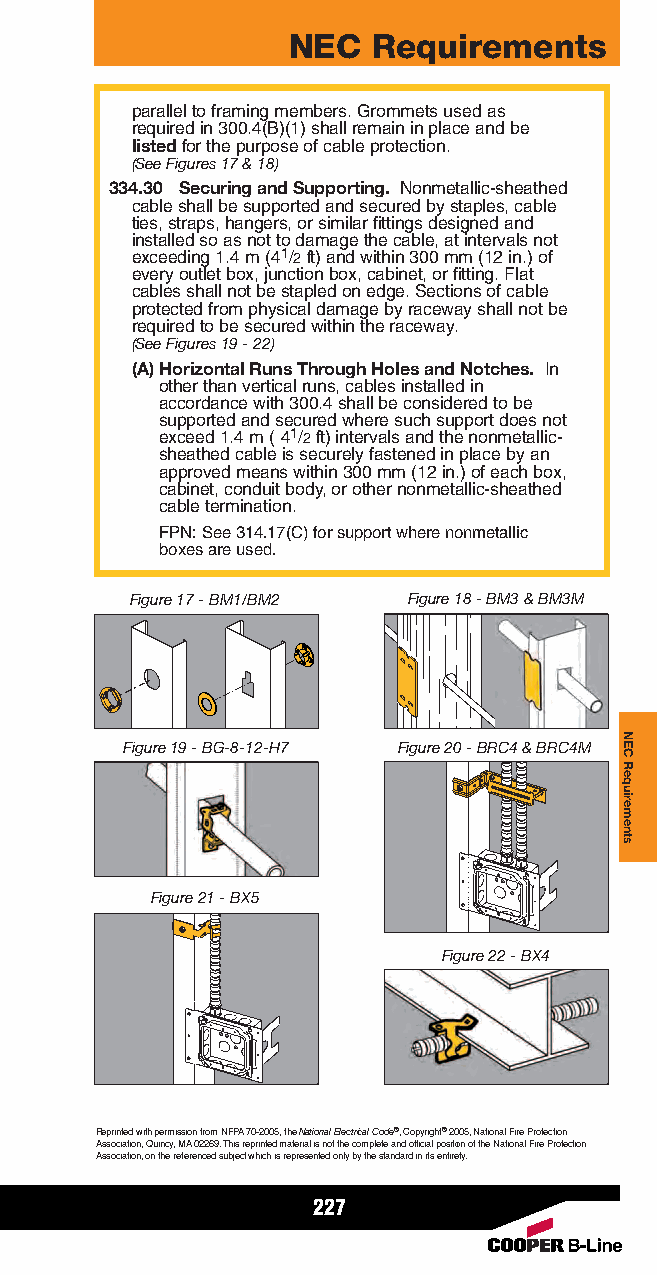
NEC   Requirements
 parallel to framing members. Grommets used as
 required in 300.4(B)(1) shall remain in place and be
 listedfor the purpose of cable protection.
 (See Figures 17 & 18)
 334.30 Securing and Supporting. Nonmetallic-sheathed
 cable shall be supported and secured by staples, cable
 ties, straps, hangers, or similar fittings designed and
 installed so as not to damage the cable, at intervals not
 exceeding 1.4 m (41/2ft) and within 300 mm (12 in.) of
 every outlet box, junction box, cabinet, or fitting. Flat
 cables shall not be stapled on edge. Sections of cable
 protected from physical damage by raceway shall not be
 required to be secured within the raceway.
 (See Figures 19 - 22)
 (A) Horizontal Runs Through Holes and Notches. In
 other than vertical runs, cables installed in
 accordance with 300.4 shall be considered to be
 supported and secured where such support does not
 exceed 1.4 m ( 41/2ft) intervals and the nonmetallic-
 sheathed cable is securely fastened in place by an
 approved means within 300 mm (12 in.) of each box,
 cabinet, conduit body, or other nonmetallic-sheathed
 cable termination.
 FPN: See 314.17(C) for support where nonmetallic
 boxes are used.
 Figure 17 - BM1/BM2 Figure 18 - BM3 &BM3M
 Figure 19 - BG-8-12-H7 Figure 20 - BRC4 & BRC4M
 Figure 21 - BX5
 Figure 22 - BX4
 Reprinted with permission from NFPA70-2005, the National Electrical Code®, Copyright®2005, National Fire Protection
 Association, Quincy, MA02269. This reprinted material is not the complete and official position of the National Fire Protection
 Association, on the referenced subject which is represented only by the standard in its entirety.
 227
 NECRequirements